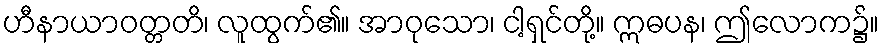
ဟီနာယာဝတ္တတိ၊ လူထွက်၏။ အာဝုသော၊ ငါ့ရှင်တို့။ ဣဓပန၊ ဤလောက၌။